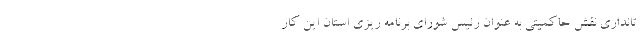
تانداری نقش حاکمیتی به عنوان رئیس شورای برنامه ریزی استان این کار